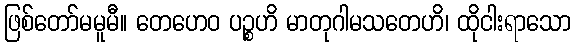
ဖြစ်တော်မမူမီ။ တေဟေဝ ပဉ္စဟိ မာတုဂါမသတေဟိ၊ ထိုငါးရာသော